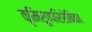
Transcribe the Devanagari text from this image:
कृमिरूपपरिशेषिका